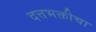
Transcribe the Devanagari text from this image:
दत्तभक्तीचा